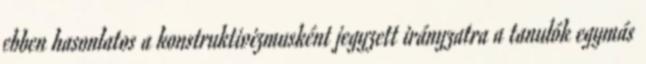
ebben hasonlatos a konstruktivizmusként jegyzett irányzatra a tanulók egymás